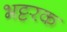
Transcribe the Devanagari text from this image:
भट्टरक